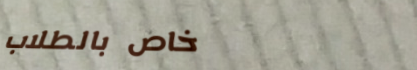
خاص بالطلاب